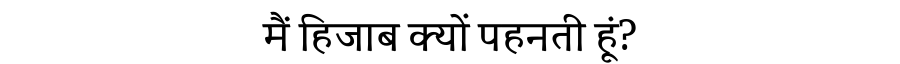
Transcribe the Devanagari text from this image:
मैं हिजाब क्यों पहनती हूं?